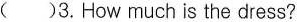
( )3.How much is the dress?